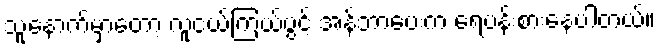
သူ့နောက်မှာတော့ လူငယ်ကြယ်ပွင့် အန်ဘာပေးက ရေပန်းစားနေပါတယ်။